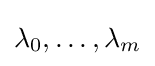
\lambda _{0},\ldots ,\lambda _{m}